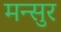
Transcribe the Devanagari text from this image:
मन्सुर